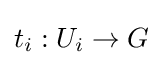
t_{i}:U_{i}\to G